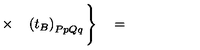
\times \quad \left( t _ { B } \right) _ { P p Q q } \Bigg \} \quad =